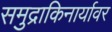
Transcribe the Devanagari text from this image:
समुद्राकिनार्यावर